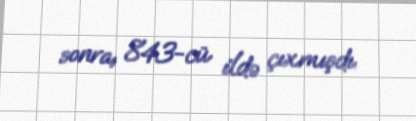
sonra, 843-cü ildə çıxmışdı.